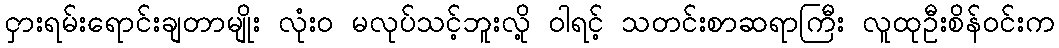
ငှားရမ်းရောင်းချတာမျိုး လုံးဝ မလုပ်သင့်ဘူးလို့ ဝါရင့် သတင်းစာဆရာကြီး လူထုဦးစိန်ဝင်းက